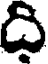
ది